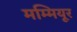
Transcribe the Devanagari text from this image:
मम्मियूर